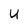
Character: U